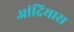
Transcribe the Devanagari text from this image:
आंद्रियास